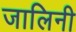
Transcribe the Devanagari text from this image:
जालिनी